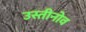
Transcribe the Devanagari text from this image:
उस्तीनोव